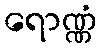
ရောဏ္ဏံ